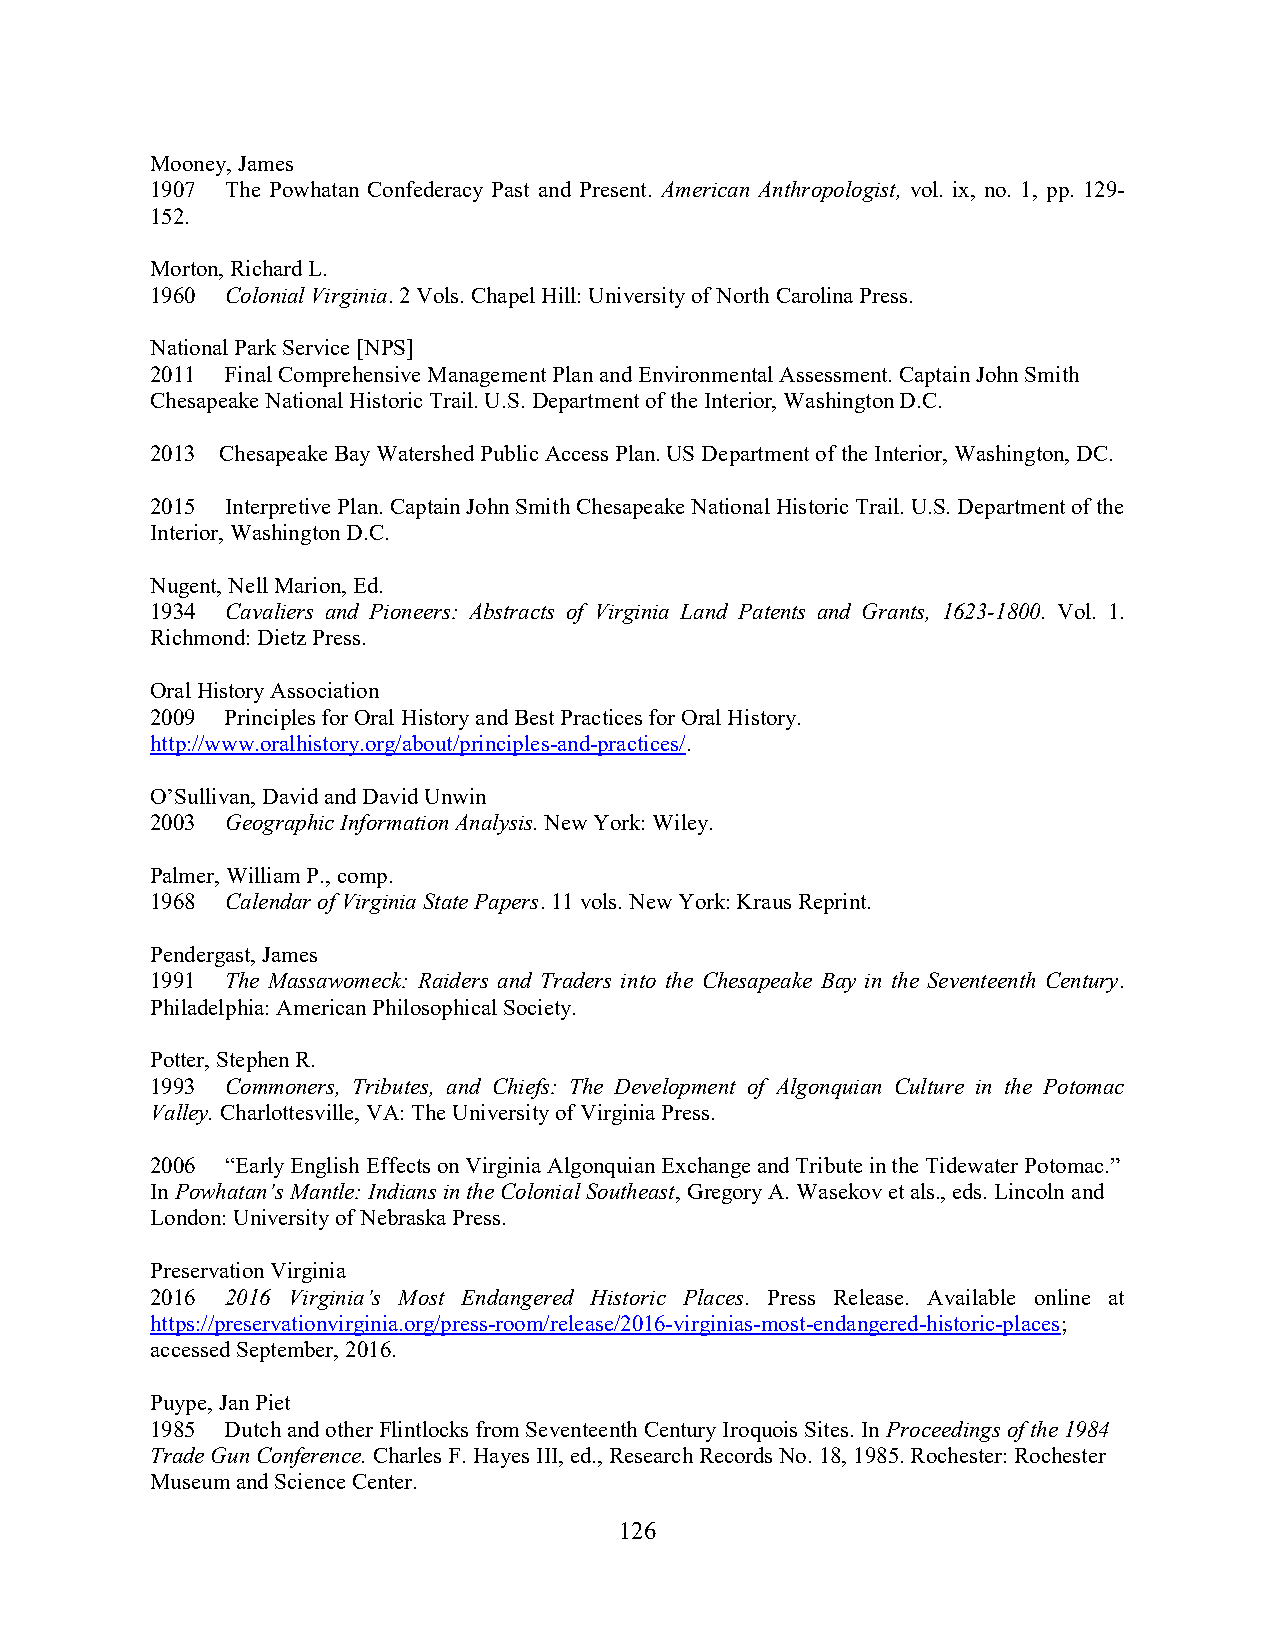
Mooney, James
 1907 The Powhatan Confederacy Past and Present. American Anthropologist, vol. ix, no. 1, pp. 129-
 152.
 Morton, Richard L.
 1960 Colonial Virginia. 2 Vols. Chapel Hill: University of North Carolina Press.
 National Park Service [NPS]
 2011 Final Comprehensive Management Plan and Environmental Assessment. Captain John Smith
 Chesapeake National Historic Trail. U.S. Department of the Interior, Washington D.C.
 2013 Chesapeake Bay Watershed Public Access Plan. US Department of the Interior, Washington, DC.
 2015 Interpretive Plan. Captain John Smith Chesapeake National Historic Trail. U.S. Department of the
 Interior, Washington D.C.
 Nugent, Nell Marion, Ed.
 1934 Cavaliers and Pioneers: Abstracts of Virginia Land Patents and Grants, 1623-1800. Vol. 1.
 Richmond: Dietz Press.
 Oral History Association
 2009 Principles for Oral History and Best Practices for Oral History.
 http://www.oralhistory.org/about/principles-and-practices/.
 O’Sullivan, David and David Unwin
 2003 Geographic Information Analysis. New York: Wiley.
 Palmer, William P., comp.
 1968 Calendar of Virginia State Papers. 11 vols. New York: Kraus Reprint.
 Pendergast, James
 1991 The Massawomeck: Raiders and Traders into the Chesapeake Bay in the Seventeenth Century.
 Philadelphia: American Philosophical Society.
 Potter, Stephen R.
 1993 Commoners, Tributes, and Chiefs: The Development of Algonquian Culture in the Potomac
 Valley. Charlottesville, VA: The University of Virginia Press.
 2006 “Early English Effects on Virginia Algonquian Exchange and Tribute in the Tidewater Potomac.”
 In Powhatan’s Mantle: Indians in the Colonial Southeast, Gregory A. Wasekov et als., eds. Lincoln and
 London: University of Nebraska Press.
 Preservation Virginia
 2016 2016 Virginia’s Most Endangered Historic Places. Press Release. Available online at
 https://preservationvirginia.org/press-room/release/2016-virginias-most-endangered-historic-places;
 accessed September, 2016.
 Puype, Jan Piet
 1985 Dutch and other Flintlocks from Seventeenth Century Iroquois Sites. In Proceedings of the 1984
 Trade Gun Conference. Charles F. Hayes III, ed., Research Records No. 18, 1985. Rochester: Rochester
 Museum and Science Center.
 126